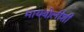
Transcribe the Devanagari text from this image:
मायबोलीशी